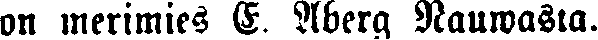
on merimies E. Aberg Nauwasta.